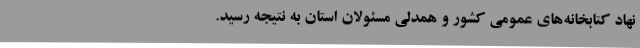
نهاد کتابخانه‌های عمومی کشور و همدلی مسئولان استان به نتیجه رسید.